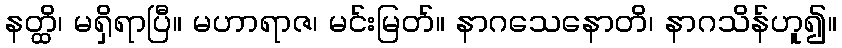
နတ္ထိ၊ မရှိရာပြီ။ မဟာရာဇ၊ မင်းမြတ်။ နာဂသေနောတိ၊ နာဂသိန်ဟူ၍။